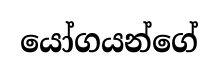
යෝගයන්ගේ